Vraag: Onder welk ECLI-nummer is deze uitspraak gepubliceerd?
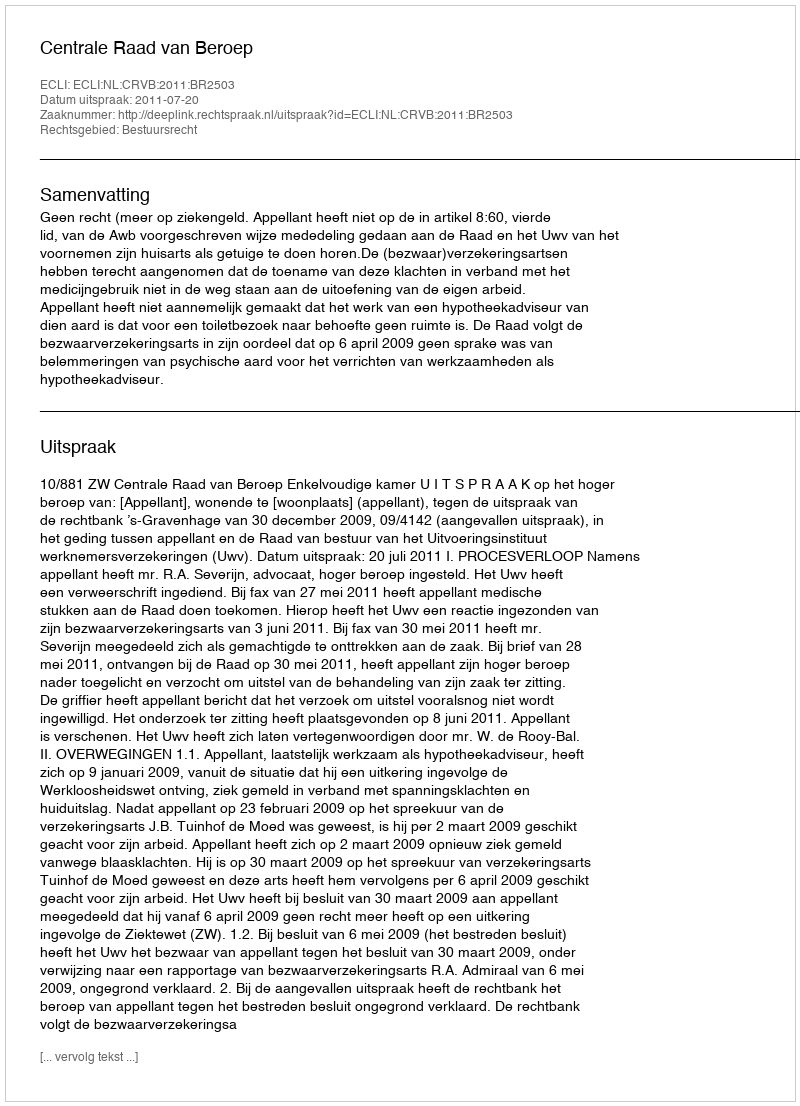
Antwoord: ECLI:NL:CRVB:2011:BR2503